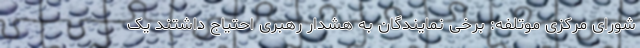
شورای مرکزی موتلفه: برخی نمایندگان به هشدار رهبری احتیاج داشتند یک